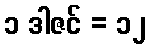
၁ ဒါဇင် = ၁၂